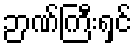
ဉာဏ်ကြီးရှင်